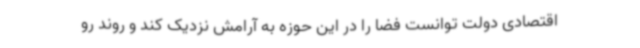
اقتصادی دولت توانست فضا را در این حوزه به آرامش نزدیک کند و روند رو